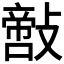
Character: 𢿪